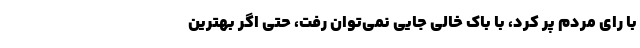
با رای مردم پر کرد، با باک خالی جایی نمی‌توان رفت، حتی اگر بهترین